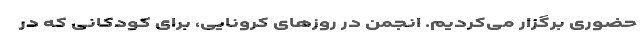
حضوری برگزار می‌کردیم. انجمن در روزهای کرونایی، برای کودکانی که در